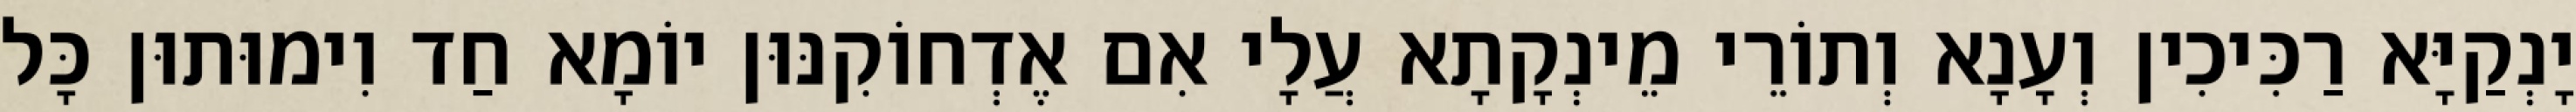
יָנְקַיָּא רַכִּיכִין וְעָנָא וְתוֹרֵי מֵינְקָתָא עֲלָי אִם אֶדְחוֹקִנּוּן יוֹמָא חַד וִימוּתוּן כָּל